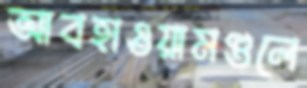
আবহাওয়ামণ্ডলে